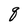
Character: q